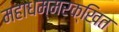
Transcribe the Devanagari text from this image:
महाधम्मरक्खित